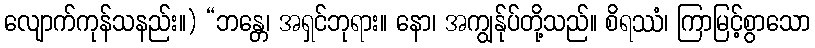
လျောက်ကုန်သနည်း။) “ဘန္တေ၊ အရှင်ဘုရား။ နော၊ အကျွန်ုပ်တို့သည်။ စိရဿံ၊ ကြာမြင့်စွာသော